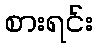
စားရင်း